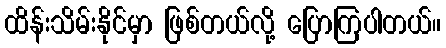
ထိန်းသိမ်းနိုင်မှာ ဖြစ်တယ်လို့ ပြောကြပါတယ်။